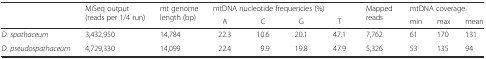
<table><thead><tr><td rowspan="2"></td><td rowspan="2"><b>MiSeq output (reads per 1/4 run)</b></td><td rowspan="2"><b>mt genome length (bp)</b></td><td colspan="4"><b>mtDNA nucleotide frequencies (%)</b></td><td rowspan="2"><b>Mapped reads</b></td><td colspan="3"><b>mtDNA coverage</b></td></tr><tr><td><b>A</b></td><td><b>C</b></td><td><b>G</b></td><td><b>T</b></td><td><b>min</b></td><td><b>max</b></td><td><b>mean</b></td></tr></thead><tbody><tr><td><i>D. spathaceum</i></td><td>3,432,950</td><td>14,784</td><td>22.3</td><td>10.6</td><td>20.1</td><td>47.1</td><td>7,762</td><td>61</td><td>170</td><td>131</td></tr><tr><td><i>D. pseudospathaceum</i></td><td>4,729,330</td><td>14,099</td><td>22.4</td><td>9.9</td><td>19.8</td><td>47.9</td><td>5,326</td><td>53</td><td>135</td><td>94</td></tr></tbody></table>